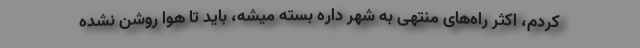
کردم، اکثر راه‌های منتهی به شهر داره بسته میشه، باید تا هوا روشن نشده